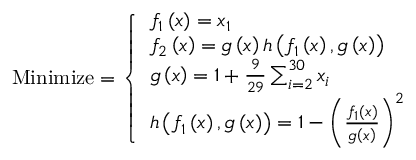
{ \mathrm { M i n i m i z e } } = { \left\{ \begin{array} { l l } { f _ { 1 } \left( { \boldsymbol { x } } \right) = x _ { 1 } } \\ { f _ { 2 } \left( { \boldsymbol { x } } \right) = g \left( { \boldsymbol { x } } \right) h \left( f _ { 1 } \left( { \boldsymbol { x } } \right) , g \left( { \boldsymbol { x } } \right) \right) } \\ { g \left( { \boldsymbol { x } } \right) = 1 + { \frac { 9 } { 2 9 } } \sum _ { i = 2 } ^ { 3 0 } x _ { i } } \\ { h \left( f _ { 1 } \left( { \boldsymbol { x } } \right) , g \left( { \boldsymbol { x } } \right) \right) = 1 - \left( { \frac { f _ { 1 } \left( { \boldsymbol { x } } \right) } { g \left( { \boldsymbol { x } } \right) } } \right) ^ { 2 } } \end{array} \right. }